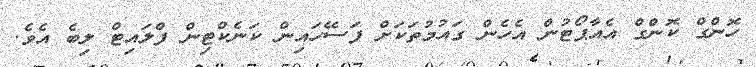
ހޮންގް ކޮންގް އެއާޕޯޓުން އެހެން ގައުމުތަކަށް ފަސޭހައިން ކަނެކްޓިން ފްލައިޓް ލިބެ އެވެ.